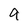
Character: a